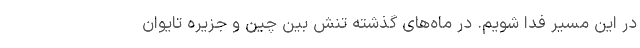
در این مسیر فدا شویم. در ماه‌های گذشته تنش بین چین و جزیره تایوان